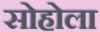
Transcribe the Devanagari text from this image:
सोहोला